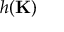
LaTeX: h ( \mathbf { K } )